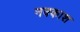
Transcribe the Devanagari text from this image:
नक्‍काश